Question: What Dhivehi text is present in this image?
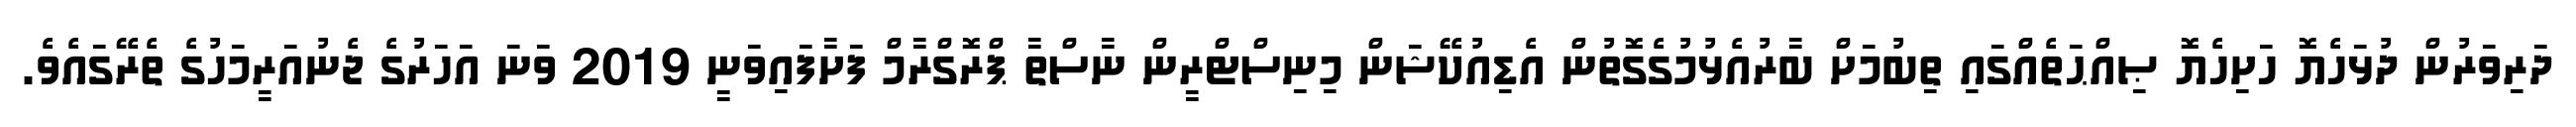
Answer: ދަރިވަރުން ދުޅަހެޔޮ ހަށިހެޔޮ ޞިއްޙަތެއްގައި ތިބުމަށް ބާރުއެޅުމުގެގޮތުން އެޑިއުކޭޝަން މިނިސްޓްރީން ނާސްތާ ޕްރޮގްރާމް ފަށާފައިވަނީ 2019 ވަނަ އަހަރުގެ ޖެނުއަރީމަހުގެ ތެރޭގައެވެ.